Report on vaccination in Madras 1895-1903 - 1895-1903
Year: 1895
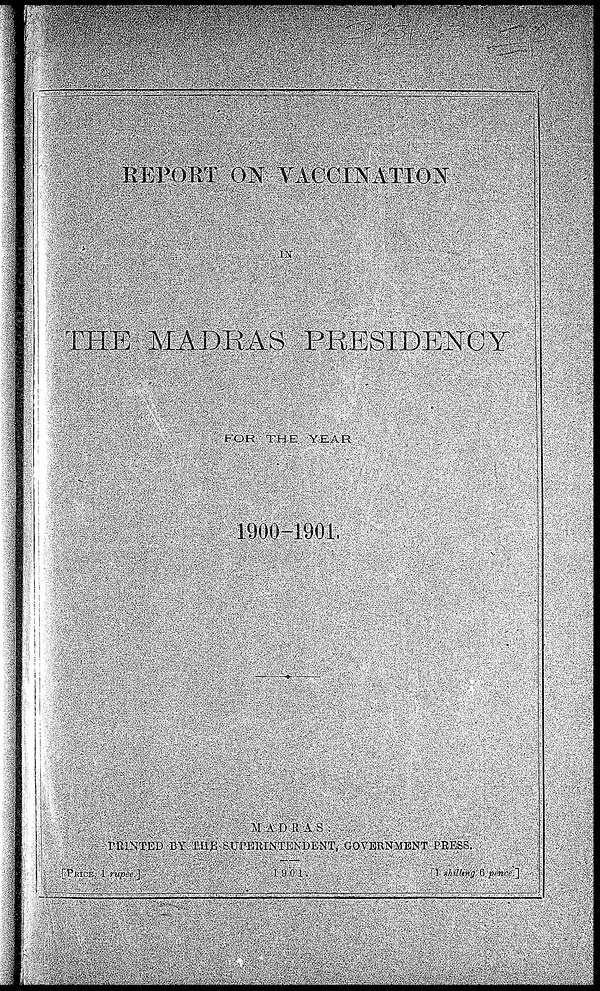
REPORT ON VACCINATION
IN
THE MADRAS PRESIDENCY
FOR THE
YEAR
1900-1901.
MADRAS :
PRINTED BY THE SUPERINTENDENT,
GOVERNMENT PRESS.
[PRICE, 1 rupee.]
1901.
[ 1 shilling 6 pence.]